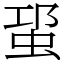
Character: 𧊡